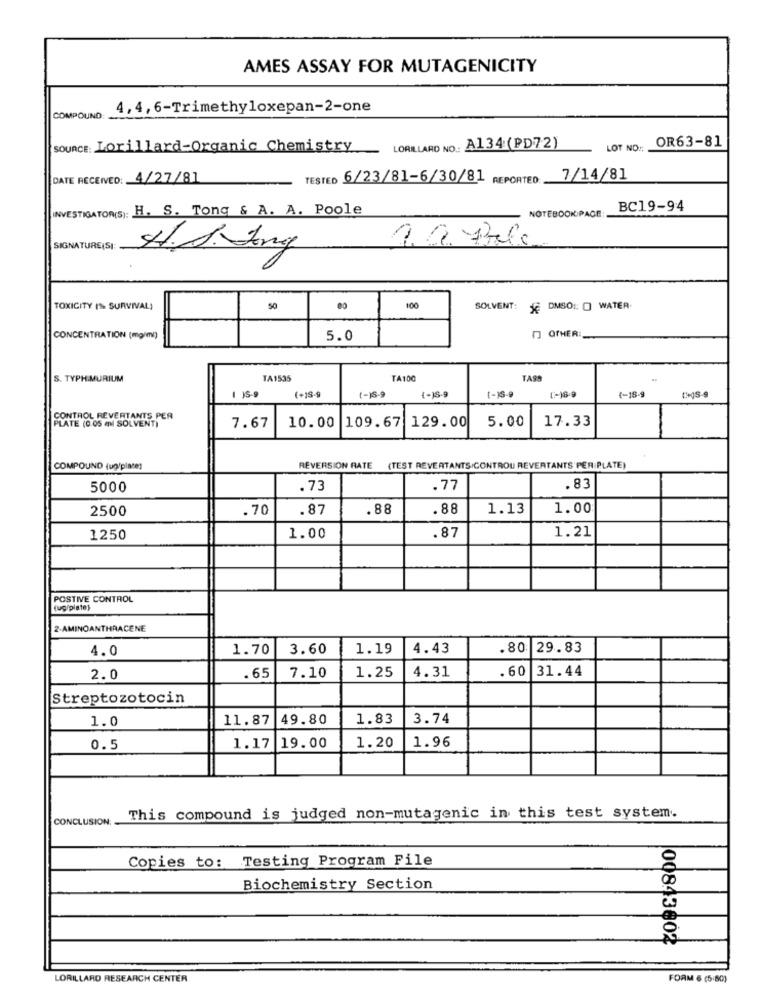
AMES ASSAY FOR MUTAGENICITY
4,4,6-Trimethyloxepan-2-one
COMPOUND:
OR63-81
source: Lorillard-Organic Chemistry __ LORILLARD NO: A134 (PD72)
LOT NO :;
DATE RECEIVED: 4/27/81
TESTED 6/23/81-6/30/81 REPORTED: 7/14/81
INVESTIGATOR(S): H. S. Tong & A. A. Poole
BC19-94
NOTEBOOKIPAGE:
SIGNATURE(SI
H.J. Jong
TOXICITY (% SURVIVAL)
50
00
100
SOLVENT: JE DMSO :: [ WATER.
CONCENTRATION (mg/ml)
5.0
₪ OTHER:
S. TYPHIMURIUM
TA1535
TA100
TASS
(+18-9
(-)S-9
1 - 18-9
(-)S-9
4-18-
CONTROL REVERTANTS PER
109.67 129.00
5.00
17.33
PLATE (0.05 ml SOLVENT)
7.67
10.00
COMPOUND (ug/plate)
REVERSION RATE
(TEST REVERTANTS/CONTROU REVERTANTS'PER PLATE)
5000
.73
.77
.83
2500
70
.87
88
.88
1.13
1.00
1.21
1250
1.00
.87
POSTIVE CONTROL
[ug/plate)
2-AMINOANTHRACENE
4.0
1.70
3.60
1.19
4.43
.80 29.83
1.25
. 60
31.44
2.0
.65
7.10
4.31
Streptozotocin
1.0
11.87 49.80
1.83
3.74
0.5
1.17
19.00
1.20
1.96
CONCLUSION:
This compound is judged non-mutagenic in this test system.
Copies to: Testing Program File
Biochemistry Section
00843802
LORILLARD RESEARCH CENTER
FORM 6 (5-80)